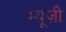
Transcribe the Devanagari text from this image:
म्यू़ज़ी